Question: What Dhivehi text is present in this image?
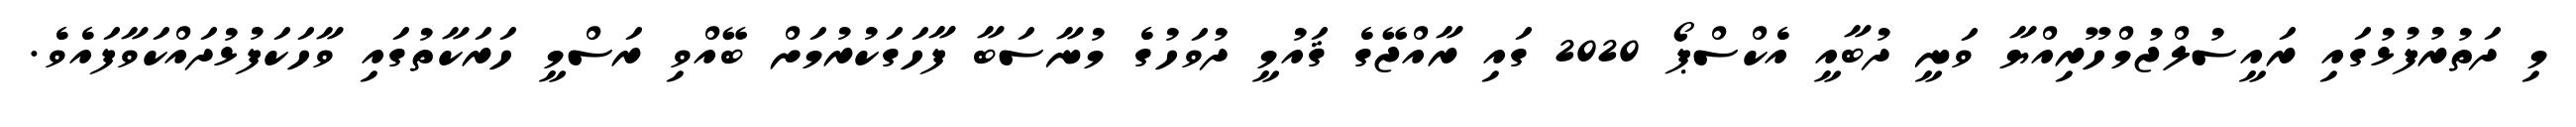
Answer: މި ދަތުރުފުޅުގައި ރައީސުލްޖުމްހޫރިއްޔާ ވަނީ ދުބާއީ އެކްސްޕޯ 2020 ގައި ރާއްޖޭގެ ޤައުމީ ދުވަހުގެ މުނާސަބާ ފާހަގަކުރުމަށް ބޭއްވި ރަސްމީ ހަރަކާތުގައި ވާހަކަފުޅުދައްކަވާފައެވެ.